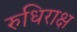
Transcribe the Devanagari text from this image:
रुधिराक्ष